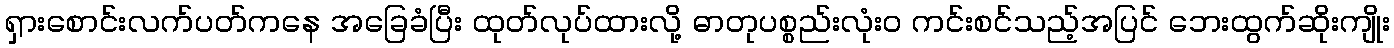
ရှားစောင်းလက်ပတ်ကနေ အခြေခံပြီး ထုတ်လုပ်ထားလို့ ဓာတုပစ္စည်းလုံးဝ ကင်းစင်သည့်အပြင် ဘေးထွက်ဆိုးကျိုး